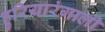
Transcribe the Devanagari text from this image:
हुरियारंगाली